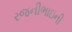
રજનીભાઇની